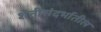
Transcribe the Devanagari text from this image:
शेतीसंदर्भातील